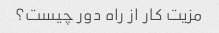
مزیت کار از راه دور چیست؟